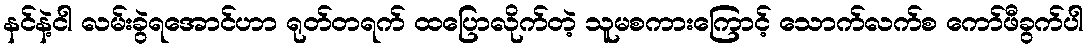
နင်နဲ့ငါ လမ်းခွဲရအောင်ဟာ ရုတ်တရက် ထပြောလိုက်တဲ့ သူမစကားကြောင့် သောက်လက်စ ကော်ဖီခွက်ပါ